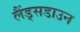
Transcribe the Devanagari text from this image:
लैंड्सडाउन